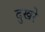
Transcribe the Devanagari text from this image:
दुखरे